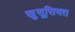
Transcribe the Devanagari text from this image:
खु़सूसियत